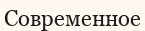
Современное